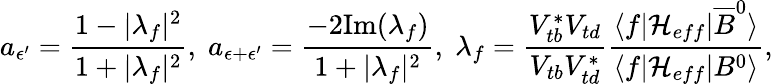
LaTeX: a_{{\epsilon}^{\prime}}=\frac{1-{\vert}{\lambda}_{f}{\vert}^{2}}{1+{\vert}{\lambda}_{f}{\vert}^{2}},\; a_{{\epsilon}+{\epsilon}^{\prime}}=\frac{-2\mathrm{Im}({\lambda}_{f})}{1+{\vert}{\lambda}_{f}{\vert}^{2}},\; {\lambda}_{f}=\frac{V_{tb}^{\ast}V_{td}}{V_{tb}V_{td}^{\ast}}\frac{{\langle}f{\vert}{\cal H}_{eff}{\vert}{\overline{{{B}}}}^{0}{\rangle}}{{\langle}f{\vert}{\cal H}_{eff}{\vert}B^{0}{\rangle}},